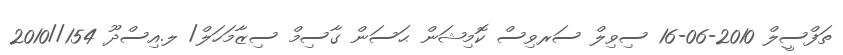
ތަފްސީލް 2010-06-16 ސިވިލް ސަރވިސް ކޮމިޝަން ޙަސަން ގާސިމް ސިޒާމަހަލް/ ލ.އިސްދޫ 154//2010